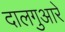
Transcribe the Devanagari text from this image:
दालगुआरे